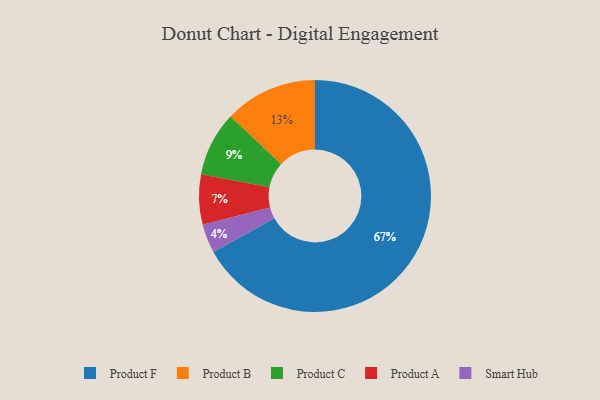
{"axis": {"x": "Category", "y": "Percentage"}, "legend": ["Product A", "Product B", "Product C", "Product F", "Smart Hub"], "data": [{"x": "Product B", "y": 13, "type": "Product B"}, {"x": "Product F", "y": 67, "type": "Product F"}, {"x": "Smart Hub", "y": 4, "type": "Smart Hub"}, {"x": "Product C", "y": 9, "type": "Product C"}, {"x": "Product A", "y": 7, "type": "Product A"}]}